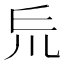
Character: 𠃤